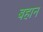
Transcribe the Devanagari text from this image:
बहान